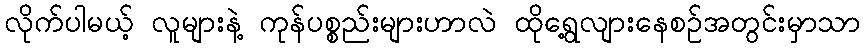
လိုက်ပါမယ့် လူများနဲ့ ကုန်ပစ္စည်းများဟာလဲ ထိုရွေ့လျားနေစဉ်အတွင်းမှာသာ